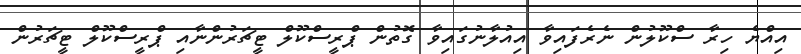
އިއްޔެ ހިރާ ސްކޫލުން ނެރެފައިވާ އިއުލާނުގައިވާ ގޮތުން ޕްރީސްކޫލް ޓީޗަރުންނާއި ޕްރީސްކޫލް ޓީޗަރުން